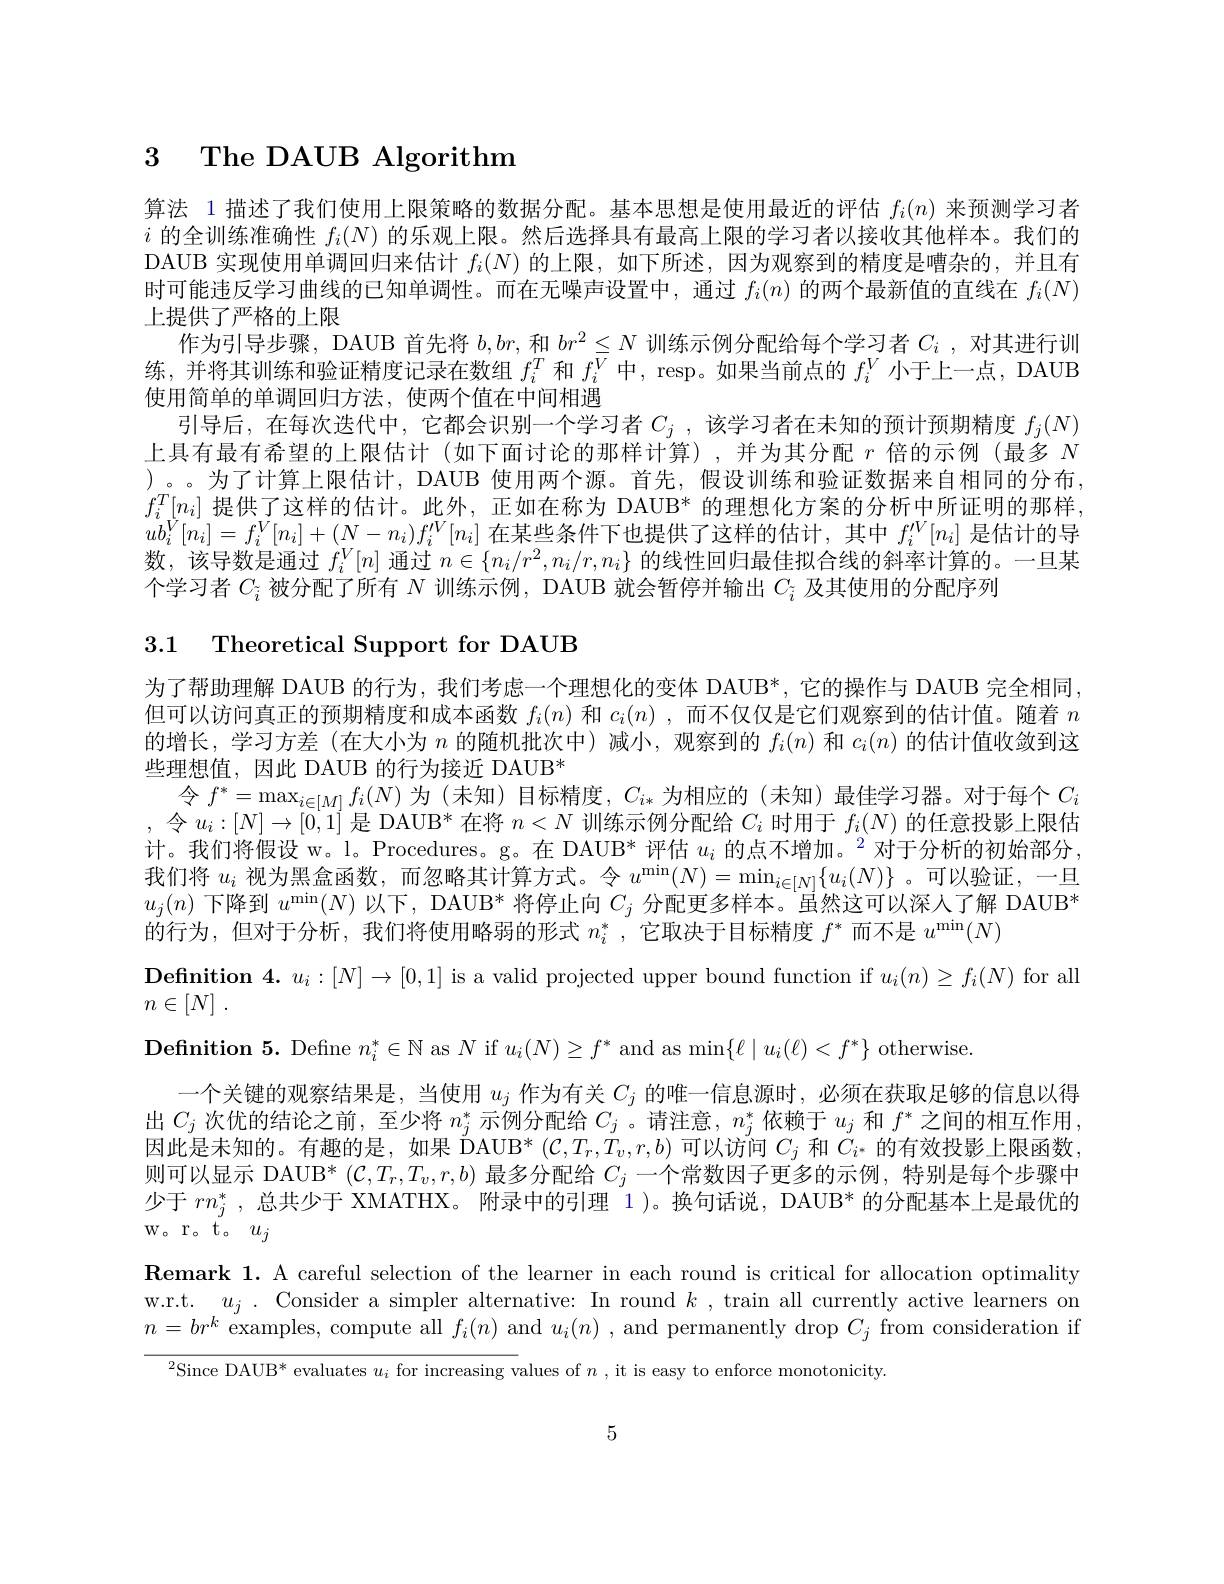
# 3 The DAUB Algorithm

算法 1 描述了我们使用上限策略的数据分配。基本思想是使用最近的评估$f_i(n)$来预测学习者$i$的全训练准确性$f_i(N)$的乐观上限。然后选择具有最高上限的学习者以接收其他样本。我们的DAUB 实现使用单调回归来估计$f_i(N)$的上限，如下所述，因为观察到的精度是嘈杂的，并且有时可能违反学习曲线的已知单调性。而在无噪声设置中，通过$f_i(n)$的两个最新值的直线在$f_i(N)$ 上提供了严格的上限
作为引导步骤，DAUB 首先将$b,br$,和$br^2\leq N$训练示例分配给每个学习者$C_i$ ,对其进行训练，并将其训练和验证精度记录在数组$f_i^T$和$f_i^V$中，resp。如果当前点的$f_i^V$小于上一点，DAUB 使用简单的单调回归方法，使两个值在中间相遇
引导后，在每次迭代中，它都会识别一个学习者$C_j$ , 该学习者在未知的预计预期精度$f_j(N)$ 上具有最有希望的上限估计(如下面讨论的那样计算),并为其分配$r$倍的示例(最多$N$ )。。为了计算上限估计，DAUB 使用两个源。首先，假设训练和验证数据来自相同的分布$f_i^T[n_i]$提供了这样的估计。此外，正如在称为 DAUB* 的理想化方案的分析中所证明的那样$ub_{i}^{V}[n_{i}]=f_{i}^{V}[n_{i}]+(N-n_{i})f_{i}^{\prime V}[n_{i}]$在某些条件下也提供了这样的估计，其中$f_i^{\prime V}[n_{i}]$是估计的导数，该导数是通过$f_i^V[n]$通过$n\in\{n_i/r^2,n_i/r,n_i\}$的线性回归最佳拟合线的斜率计算的。一旦某个学习者$C_{\tilde{i}}$被分配了所有$N$训练示例，DAUB 就会暂停并输出$C_{\tilde{i}}$及其使用的分配序列

3.1 Theoretical Support for DAUB

为了帮助理解 DAUB 的行为，我们考虑一个理想化的变体 DAUB*,它的操作与 DAUB 完全相同， 但可以访问真正的预期精度和成本函数$f_i(n)$和$c_i(n)$ ,而不仅仅是它们观察到的估计值。随着$n$ 的增长，学习方差(在大小为$n$的随机批次中)减小，观察到的$f_i(n)$和$c_i(n)$的估计值收敛到这些理想值，因此 DAUB 的行为接近 DAUB*
令$f^*=\max_{i\in[M]}f_{i}(N)$为 (未知)目标精度，$C_i*$为相应的(未知)最佳学习器。对于每个$C_i$ ,令$u_i:[N]\to[0,1]$是 DAUB* 在将$n<N$训练示例分配给$C_i$时用于$f_i(N)$的任意投影上限估计。我们将假设 w。l。Procedures。g。在 DAUB* 评估 $u_i\text{ 的点不增加。}^2$对于分析的初始部分， 我们将$u_i$视为黑盒函数，而忽略其计算方式。令$u^\min(N)=\min_{i\in[N]}\{u_i(N)\}$ 。可以验证，一旦$u_j(n)$下降到$u^\min(N)$以下，DAUB* 将停止向$C_j$分配更多样本。虽然这可以深人了解 DAUB* $\bar{\text{的行为，但对于分析，我们将使用略弱的形式 }n_i^*}$,它取决于目标精度$f^*$而不是$u^\min(N)$
$\textbf{Definition 4. }u_i: [ N] \to [ 0, 1]$ is a valid projected upper bound function if $u_i(n)\geq f_i(N)$ for all
$n\in [ N]$ .
$\textbf{Definition 5. Define }n_i^* \in \mathbb{N}$ as $N$ if $u_i(N)\geq f^*$ and as min$\{\ell\mid u_i(\ell)<f^*\}$ otherwise
一个关键的观察结果是，当使用$u_j$作为有关$C_j$的唯一信息源时，必须在获取足够的信息以得出$C_j$次优的结论之前，至少将$n_j^*$示例分配给$C_j$ 。请注意，$n_j^*$依赖于$u_j$和$f^*$之间的相互作用因此是未知的。有趣的是，如果$\overset {\mathrm{O} }{\operatorname* { \operatorname* { \operatorname* { \text{DAUB}} } } }^* ( \mathcal{C} , T_r, \dot{T} _v, r, b)$可以访问$C_j$和$C_i^*$的有效投影上限函数则可以显示 DAUB* $(\mathcal{C},T_r,T_v,r,b)$最多分配给$C_j$一个常数因子更多的示例，特别是每个步骤中少于$rn_j^*$,总共少于 XMATHX。附录中的引理 1)。换句话说，DAUB* 的分配基本上是最优的W。r。t。$u_j$
$\textbf{Remark 1. A careful selection of the learner in each round is critical for allocation optimality}$ w.r.t. $u_j.$ Consider a simpler alternative: In round $k$, train all currently active learners on $n=br^k$ examples, compute all $f_i(n)$ and $u_i(n)$ , and permanently drop $C_j$ from consideration if

$^{2}$Since DAUB* evaluates $u_i$ for increasing values of $n$ ,it is easy to enforce monotonicity.

5